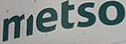
metso